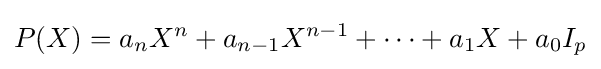
P(X)=a_{n}X^{n}+a_{n-1}X^{n-1}+\cdots +a_{1}X+a_{0}I_{p}